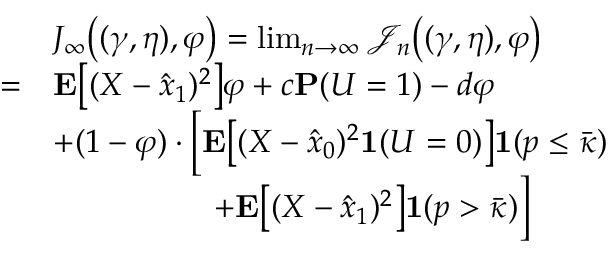
\begin{array} { r l } & { J _ { \infty } \big ( ( \gamma , \eta ) , \varphi \big ) = \operatorname* { l i m } _ { n \to \infty } \mathcal { J } _ { n } \big ( ( \gamma , \eta ) , \varphi \big ) } \\ { = } & { \mathbf { E } \big [ ( X - \hat { x } _ { 1 } ) ^ { 2 } \big ] \varphi + c \mathbf { P } ( U = 1 ) - d \varphi } \\ & { + ( 1 - \varphi ) \cdot \Big [ \mathbf { E } \big [ ( X - \hat { x } _ { 0 } ) ^ { 2 } \mathbf { 1 } ( U = 0 ) \big ] \mathbf { 1 } ( p \le \bar { \kappa } ) } \\ & { \qquad \qquad \quad + \mathbf { E } \big [ ( X - \hat { x } _ { 1 } ) ^ { 2 } \big ] \mathbf { 1 } ( p > \bar { \kappa } ) \Big ] } \end{array}